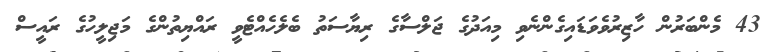
43 މެންބަރުން ހާޒިރުވެވަޑައިގެންނެވި މިއަދުގެ ޖަލްސާގެ ރިޔާސަތު ބެލެހެއްޓެވީ ރައްޔިތުންގެ މަޖިލީހުގެ ރައީސް